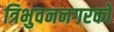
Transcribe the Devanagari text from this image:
त्रिभुवननगरको